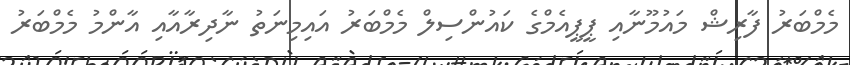
މެމްބަރު ފާރިޝް މައުމޫނާއި ޕީޕީއެމްގެ ކައުންސިލް މެމްބަރު އައިމިނަތު ނާދިރާއާއި އާންމު މެމްބަރު